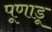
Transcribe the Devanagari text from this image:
पूणाडू